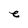
Character: e